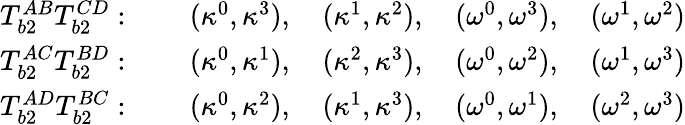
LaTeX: \begin{array}{cc}{T_{b2}^{AB}T_{b2}^{CD}:\qquad(\kappa^{0},\kappa^{3}),\quad(\kappa^{1},\kappa^{2}),\quad(\omega^{0},\omega^{3}),\quad(\omega^{1},\omega^{2})}\\ {T_{b2}^{AC}T_{b2}^{BD}:\qquad(\kappa^{0},\kappa^{1}),\quad(\kappa^{2},\kappa^{3}),\quad(\omega^{0},\omega^{2}),\quad(\omega^{1},\omega^{3})}\\ {T_{b2}^{AD}T_{b2}^{BC}:\qquad(\kappa^{0},\kappa^{2}),\quad(\kappa^{1},\kappa^{3}),\quad(\omega^{0},\omega^{1}),\quad(\omega^{2},\omega^{3})}\end{array}